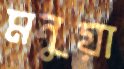
মনুয়া